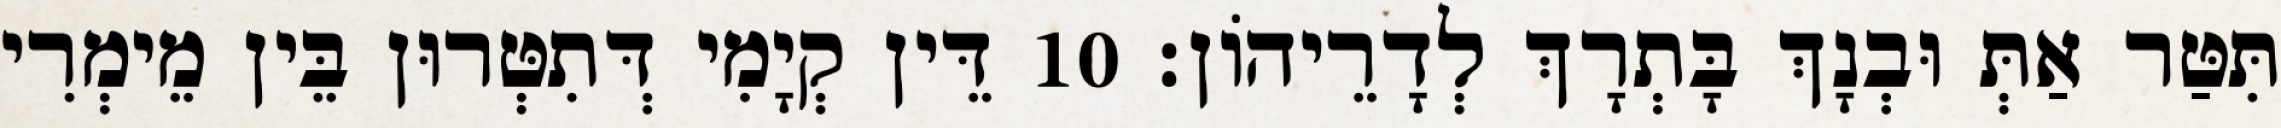
תִּטַּר אַתְּ וּבְנָךְ בָּתְרָךְ לְדָרֵיהוֹן׃ 10 דֵּין קְיָמִי דְּתִטְּרוּן בֵּין מֵימְרִי